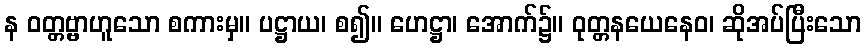
န ဝတ္တဗ္ဗာဟူသော စကားမှ။ ပဋ္ဌာယ၊ စ၍။ ဟေဋ္ဌာ၊ အောက်၌။ ဝုတ္တနယေနေဝ၊ ဆိုအပ်ပြီးသော